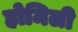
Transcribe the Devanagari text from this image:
होमिली